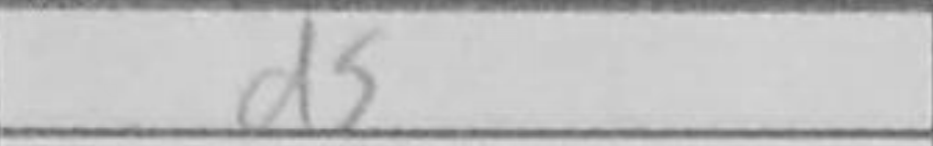
Transcription: d5